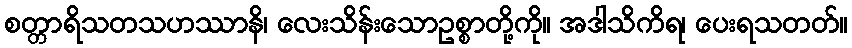
စတ္တာရိသတသဟဿာနိ၊ လေးသိန်းသောဥစ္စာတို့ကို။ အဒါသိကိရ၊ ပေးရသတတ်။